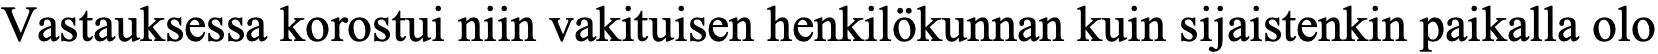
Vastauksessa korostui niin vakituisen henkilökunnan kuin sijaistenkin paikalla olo